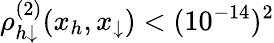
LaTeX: \rho_{h\downarrow}^{(2)}(x_{h},x_{\downarrow})<(10^{-14})^{2}